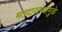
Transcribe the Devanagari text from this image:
मतदारसंघामुळे